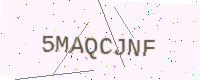
Text: 5MAQCJNF